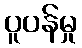
ပူပန်မှု